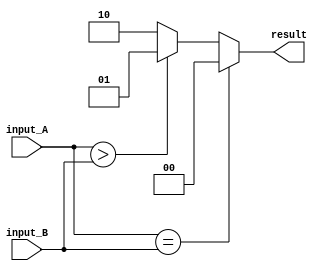
module comparator_64bit (
    input [63:0] input_A,
    input [63:0] input_B,
    output reg [1:0] result
);

always @(*) begin
    if (input_A == input_B) begin
        result = 2'b00; // equal
    end else if (input_A > input_B) begin
        result = 2'b01; // greater than
    end else begin
        result = 2'b10; // less than
    end
end

endmodule